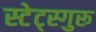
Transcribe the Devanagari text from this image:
स्टेट्स्गुरू